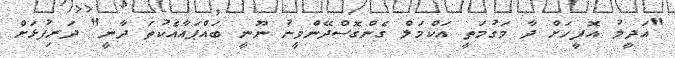
"އަދީލު އޮފީހަށް ދާ މަގުމަތީ އަކްމަލް ގެންގޮސްދޭންވީނު ނޫނީ ބައްޕައާއެކުތަ ދާނީ" ދަރިފުޅަށް